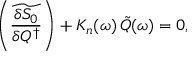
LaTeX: \left( \widetilde { \frac { \delta S _ { 0 } } { \delta Q ^ { \dagger } } } \right) + { \cal K } _ { n } ( \omega ) \, \tilde { Q } ( \omega ) = 0 ,